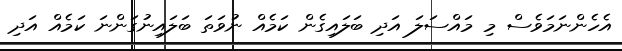
އެހެންނަމަވެސް މި މައްސަލަ އަދި ބަލައިގެން ކަމެއް ނުވަތަ ބަލައިނުގަންނަ ކަމެއް އަދި